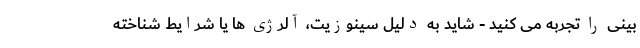
بینی را تجربه می کنید - شاید به دلیل سینوزیت، آلرژی ها یا شرایط شناخته